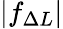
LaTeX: |f_{\Delta L}|